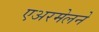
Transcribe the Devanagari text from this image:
एअरमेलने